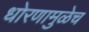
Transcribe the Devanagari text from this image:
धोरणामुळेच